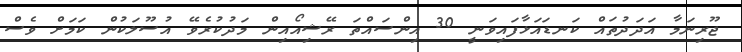
ޖޫރިނަމާ އަދަދުތައް ކަނޑައަޅާފައިވަނީ 30 އިންސައްތަ ރޭޝިއޯއިން މަދުކުރެވޭ އުސޫލަކުން ކަމަށް ވެސް